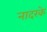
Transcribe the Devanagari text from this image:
नादरके